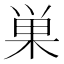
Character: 巣